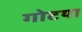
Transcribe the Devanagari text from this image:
गोटया